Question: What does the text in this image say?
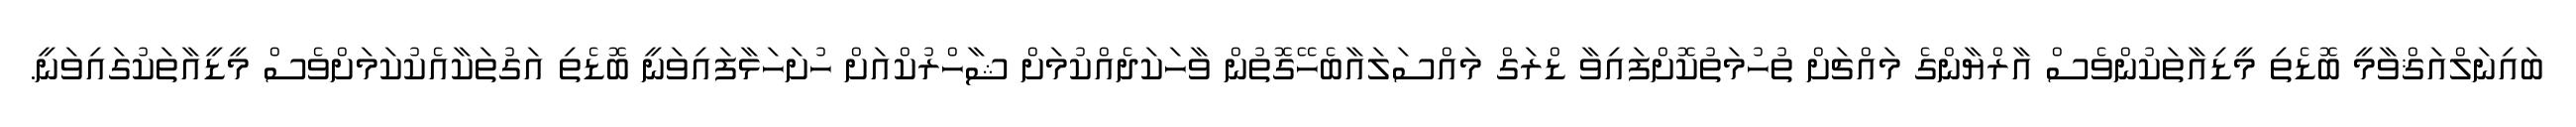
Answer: ބައިނަލްއަޤްވާމީ ބޮޑެތި މީޑިއާތަކުންވެސް އާރްޔާންގެ މައްޗަށް ތުހުމަތުކޮށްފައިވާ ޑްރަގް މައްސަލައާބެހޭގޮތުން ވާހަކަދެއްކުމަށް ޝާހްރުކްއަށް ހުށަހަޅާފައިވަނީ ބޮޑެތި އަގުތަކާއެކުކަމަށްވެސް މީޑީއާތަކުގައިވަނީ.